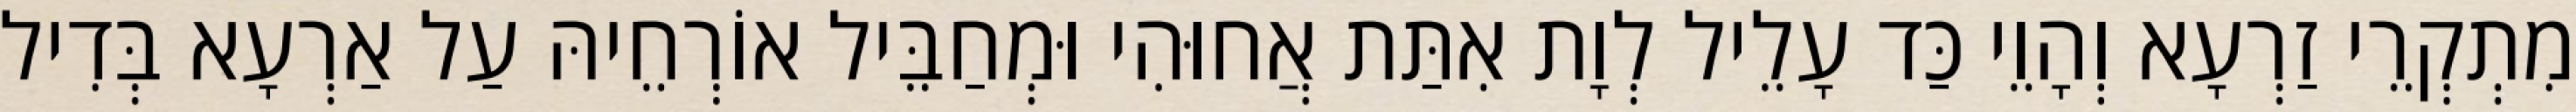
מִתְקְרֵי זַרְעָא וְהָוֵי כַּד עָלֵיל לְוָת אִתַּת אֲחוּהִי וּמְחַבֵּיל אוֹרְחֵיהּ עַל אַרְעָא בְּדִיל